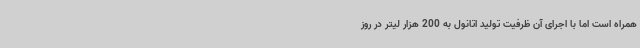
همراه است اما با اجرای آن ظرفیت تولید اتانول به 200 هزار لیتر در روز